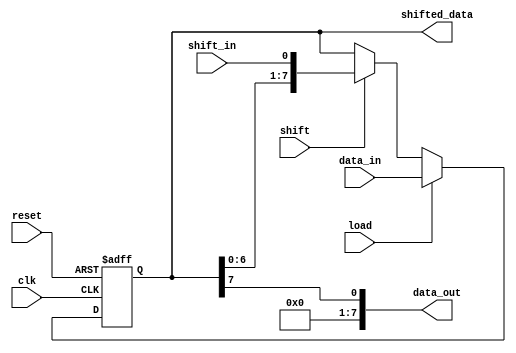
module ParameterizedShiftRegister #(
    parameter WIDTH = 8  // Default width of the shift register
)(
    input wire clk,              // Clock signal
    input wire reset,            // Asynchronous reset signal
    input wire [WIDTH-1:0] data_in, // Parallel input data
    input wire shift_in,         // Serial input data for shifting
    input wire load,             // Control signal for parallel loading
    input wire shift,            // Control signal for shifting
    output reg [WIDTH-1:0] data_out, // Serial output data
    output reg [WIDTH-1:0] shifted_data // Parallel output data
);

    reg [WIDTH-1:0] shift_reg;   // Shift register storage

    always @(posedge clk or posedge reset) begin
        if (reset) begin
            shift_reg <= {WIDTH{1'b0}}; // Clear the register on reset
        end else if (load) begin
            shift_reg <= data_in; // Load data in parallel
        end else if (shift) begin
            shift_reg <= {shift_reg[WIDTH-2:0], shift_in}; // Shift right
        end
    end

    // Assign outputs
    assign data_out = shift_reg[WIDTH-1]; // MSB for serial output
    assign shifted_data = shift_reg; // Parallel output

endmodule